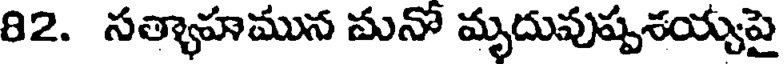
82. సత్యాహమున మనో మృదువుష్పశయ్యపై